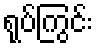
ရုပ်ကြွင်း